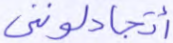
أتجادلونني